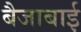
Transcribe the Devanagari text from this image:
बैजाबाई